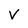
Character: v